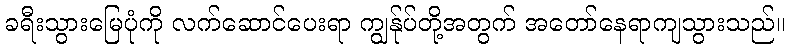
ခရီးသွားမြေပုံကို လက်ဆောင်ပေးရာ ကျွန်ုပ်တို့အတွက် အတော်နေရာကျသွားသည်။